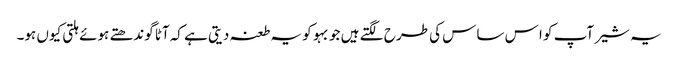
یہ شیر آپ کو ا س ساس کی طرح لگتے ہیں جو بہو کو یہ طعنہ دیتی ہے کہ آٹا گوندھتے ہوئے ہلتی کیوں ہو۔